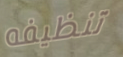
تنظيفه